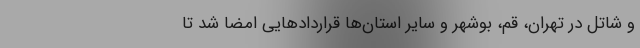
و شاتل در تهران، قم، بوشهر و سایر استان‌ها قراردادهایی امضا شد تا